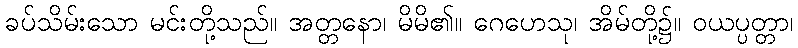
ခပ်သိမ်းသော မင်းတို့သည်။ အတ္တနော၊ မိမိ၏။ ဂေဟေသု၊ အိမ်တို့၌။ ဝယပ္ပတ္တာ၊